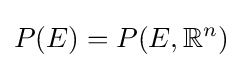
P(E)=P(E,\mathbb {R} ^{n})